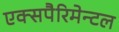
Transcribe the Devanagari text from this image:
एक्सपैरिमेन्टल